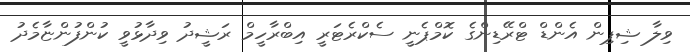
ވިލާ ޝިޕިން އެންޑް ޓްރޭޑިންގެ ކޮމްޕެނީ ސެކްރެޓަރީ އިބްރާހީމް ރަޝީދު ވިދާޅުވީ ކުންފުންޏާމެދު